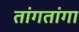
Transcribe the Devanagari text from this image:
तांगतांगा